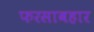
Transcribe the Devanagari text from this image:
फरसाबहार